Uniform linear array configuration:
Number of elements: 32
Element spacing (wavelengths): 0.5
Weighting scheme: hann
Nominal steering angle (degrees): -60
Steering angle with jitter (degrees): -60.84
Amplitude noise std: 0.05
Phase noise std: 0.05

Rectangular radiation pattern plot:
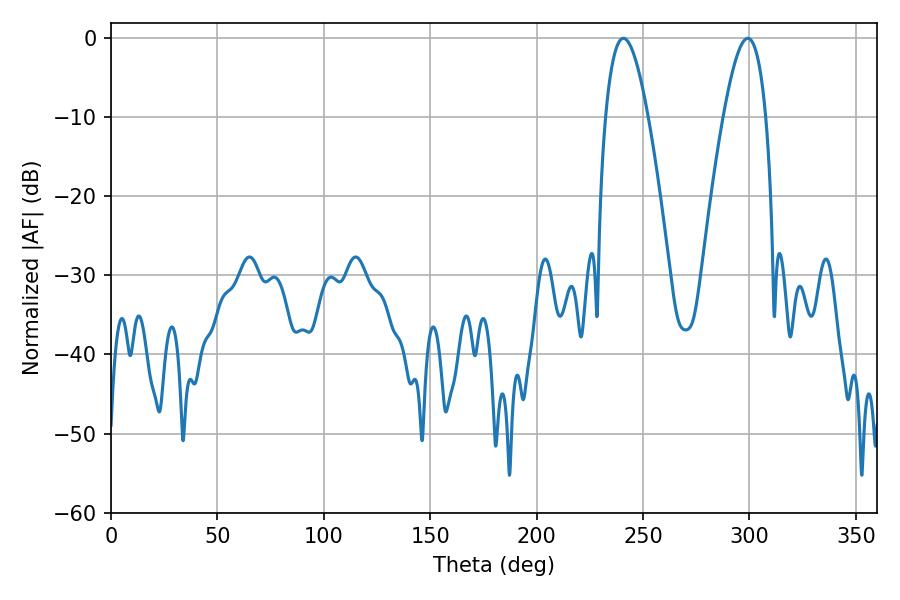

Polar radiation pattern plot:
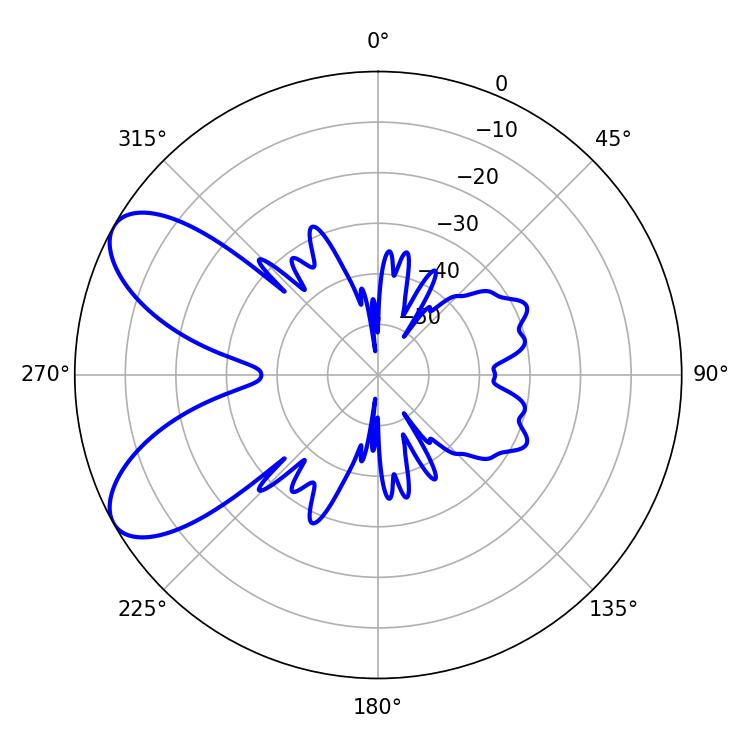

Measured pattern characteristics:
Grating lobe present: FALSE
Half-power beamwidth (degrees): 10.98
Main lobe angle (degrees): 240.84